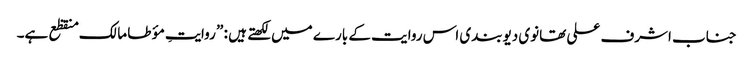
جناب اشرف علی تھانوی دیوبندی اس روایت کے بارے میں لکھتے ہیں : ” روایتِ مؤ طا مالک منقظع ہے۔